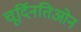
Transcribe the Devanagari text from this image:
चूर्दिनतिओन